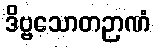
ဒိဗ္ဗသောတဉာဏံ